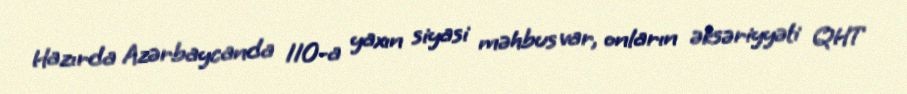
Hazırda Azərbaycanda 110-a yaxın siyasi məhbus var, onların əksəriyyəti QHT